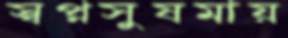
স্বপ্নসুষমায়